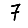
Digit: 7